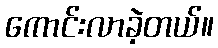
ကောင်းလာခဲ့တယ်။